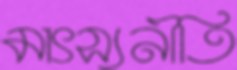
মাৎস্যনীতি